Torma_(Votikvere)_vallavalitsus, lk 7
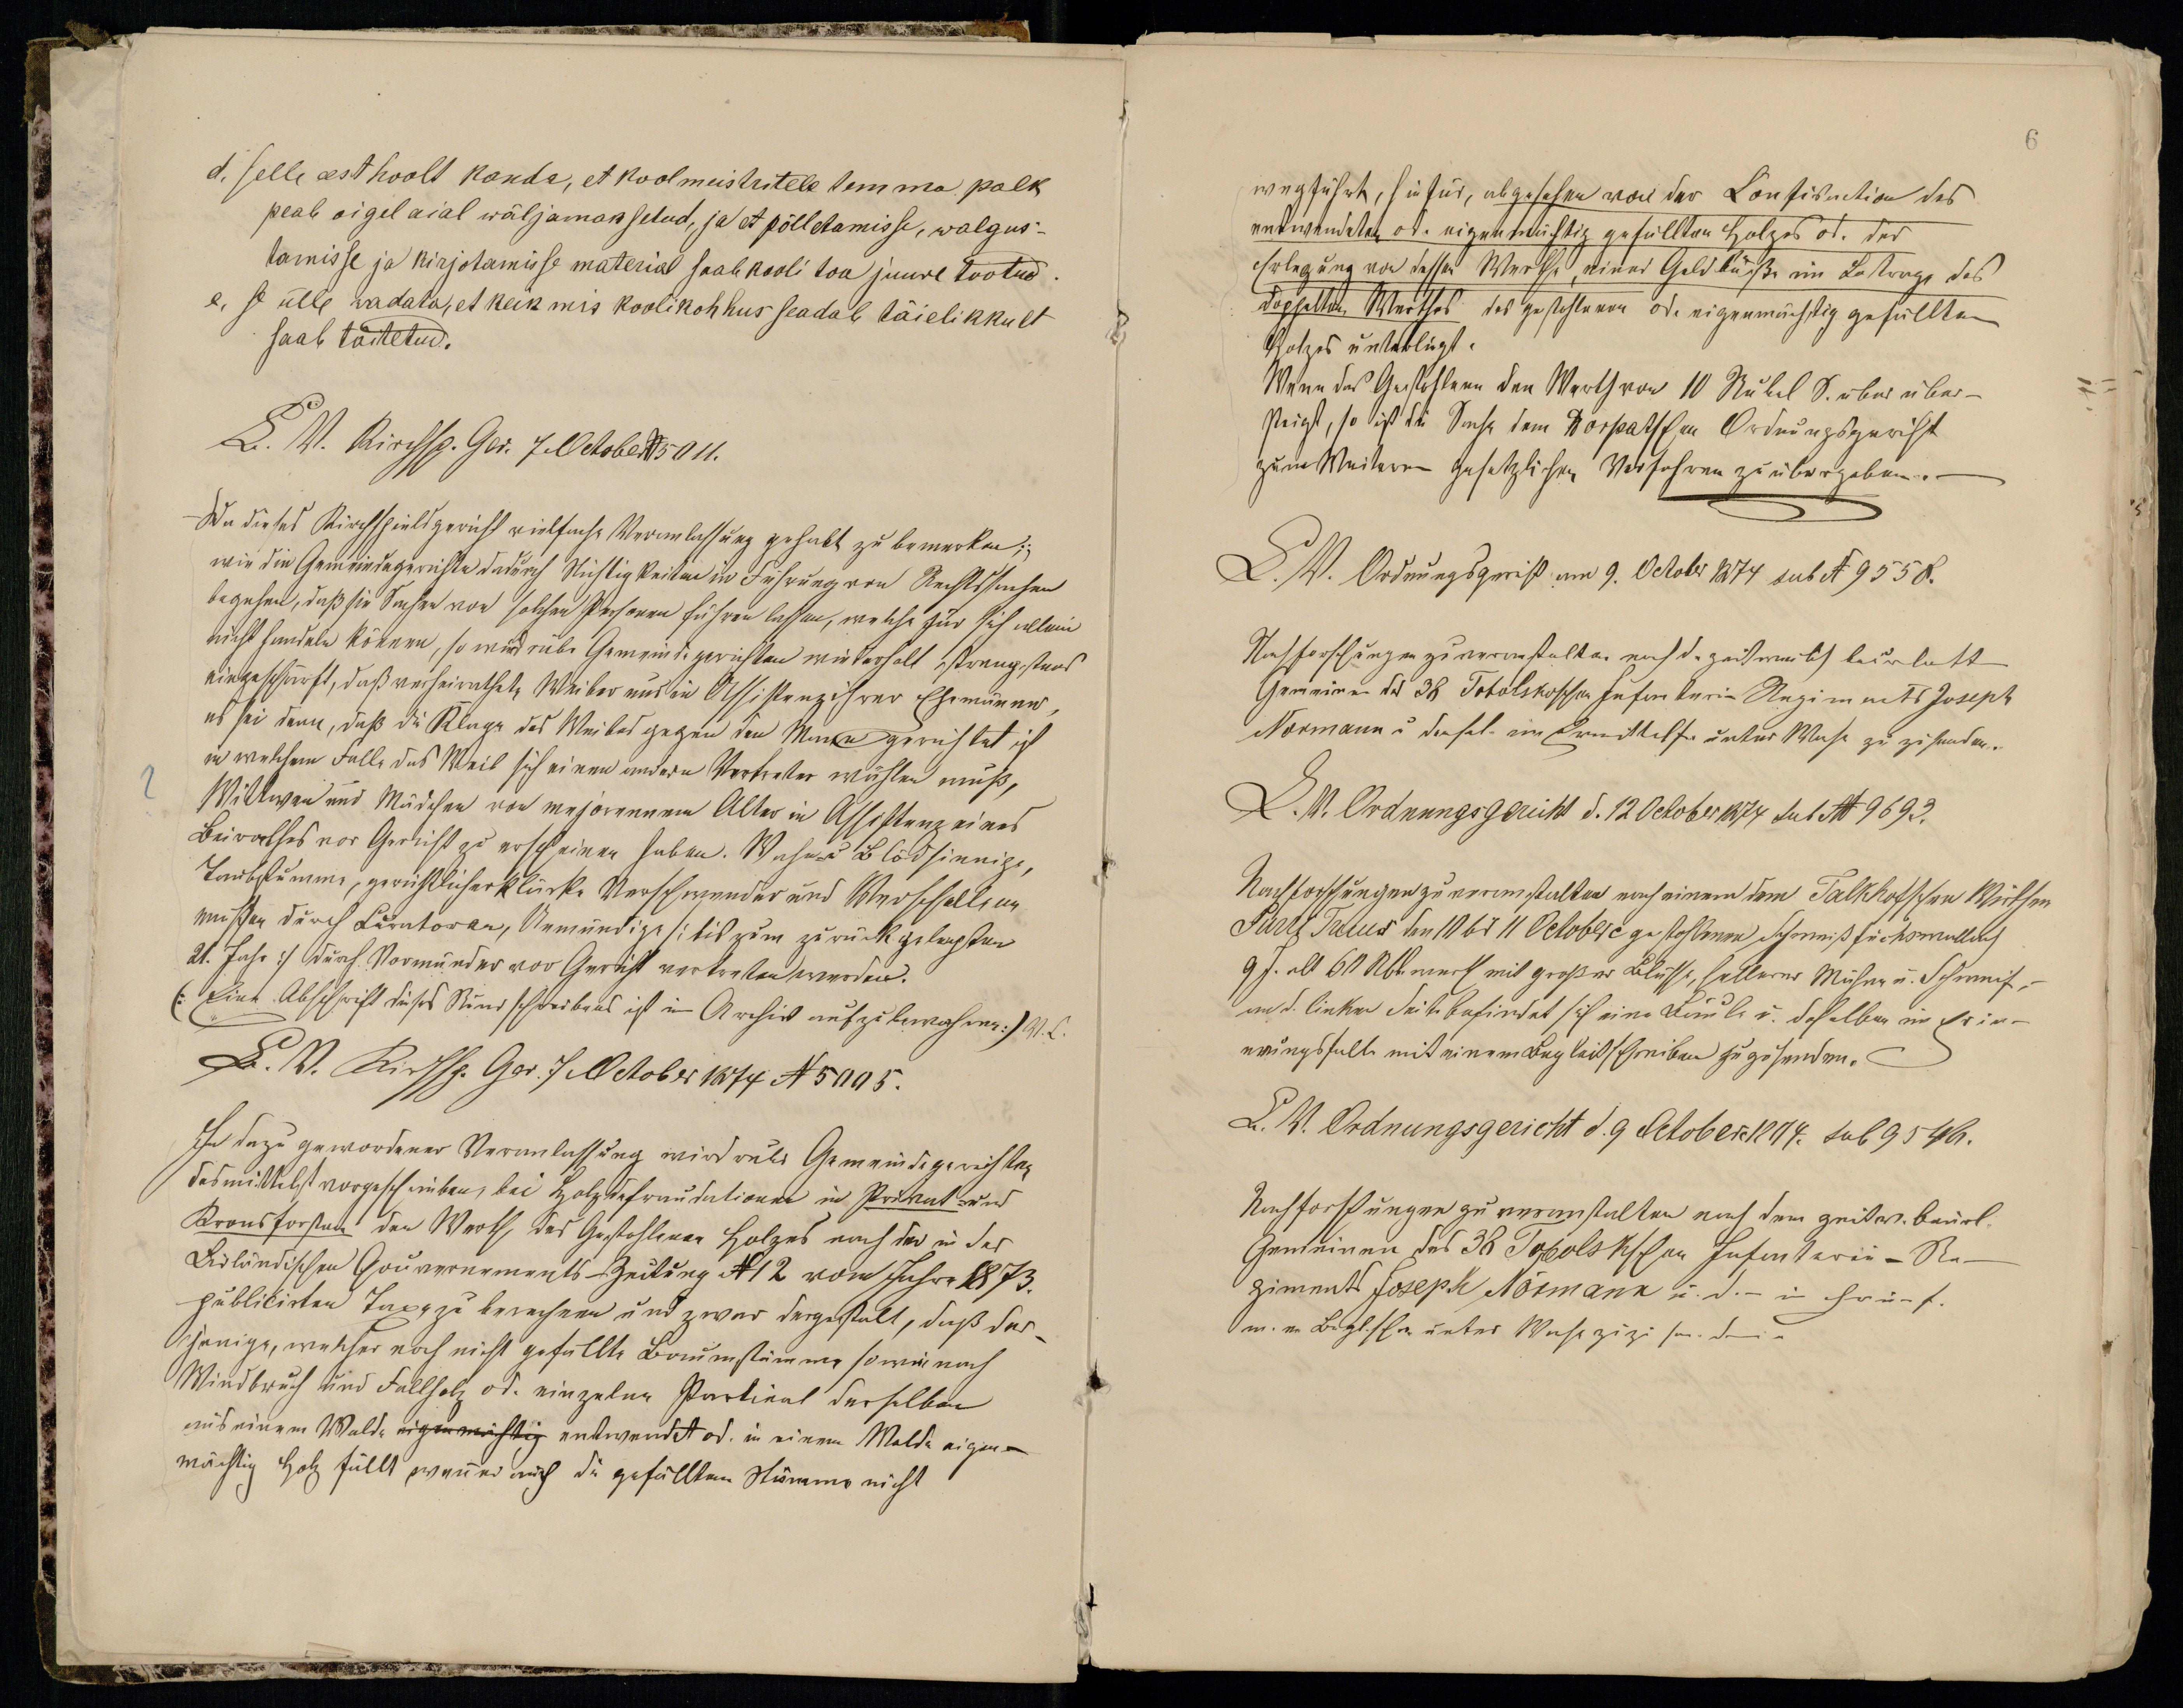
d. Selle eest hoolt kanda, et koolmeistritele temma palk
peab oigel aial wäljamaksetud, ja et põlletamisse, walgus-
tamisse ja kirjotamisse material saab kooli toa juure tootud.
e. se ülle wadata, et keik mis koolikohhus seadab täielikkult
saab täitetud.